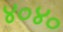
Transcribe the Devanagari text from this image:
४०४०